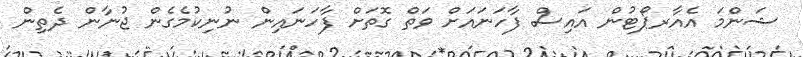
ޝަންމަ އެއާރޕޯޓުން އައިސް ފާހަނައަށް ވަތް ގޮތަށް ފާހަނައިން ނުނިކުމެގެން ޖުނާން ދެތިން